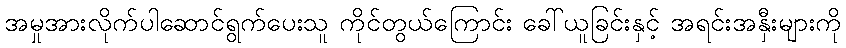
အမှုအားလိုက်ပါဆောင်ရွက်ပေးသူ ကိုင်တွယ်ကြောင်း ခေါ်ယူခြင်းနှင့် အရင်းအနှီးများကို